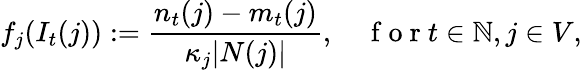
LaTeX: f_{j}(I_{t}(j)):=\frac{n_{t}(j)-m_{t}(j)}{\kappa_{j}|N(j)|},\quad\mathrm{~f~o~r~}t\in\mathbb{N},j\in V,